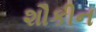
શૌકીન